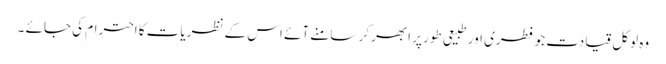
وہ لوکل قیادت جو فطری اور طبیعی طور پر ابھر کر سامنے آئے اس کے نظریات کا احترام کی جائے ۔